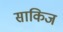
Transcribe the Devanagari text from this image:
साकिज